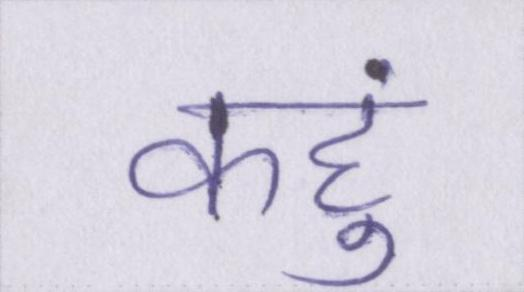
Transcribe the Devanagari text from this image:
कहुं